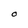
Character: O